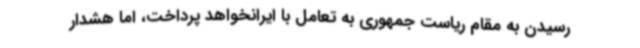
رسیدن به مقام ریاست جمهوری به تعامل با ایرانخواهد پرداخت، اما هشدار